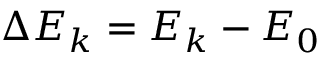
\Delta E _ { k } = E _ { k } - E _ { 0 }